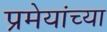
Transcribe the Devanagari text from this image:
प्रमेयांच्या